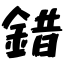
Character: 錯